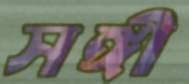
সঙ্গী